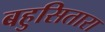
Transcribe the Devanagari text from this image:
बहुसितारा